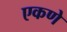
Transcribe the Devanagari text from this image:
एकणे